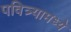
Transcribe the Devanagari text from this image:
पवित्र्यामध्ये